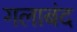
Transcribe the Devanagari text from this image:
गलाबंद